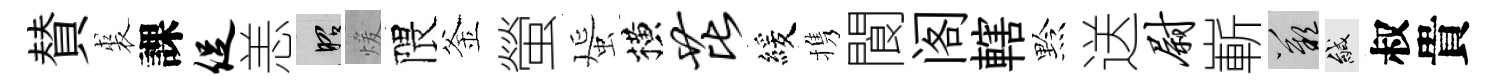
賛裘課促恙昭煖隈釜螢蜑横芘緩携閬阁轄黔送尉嶄嘆緘叔貴